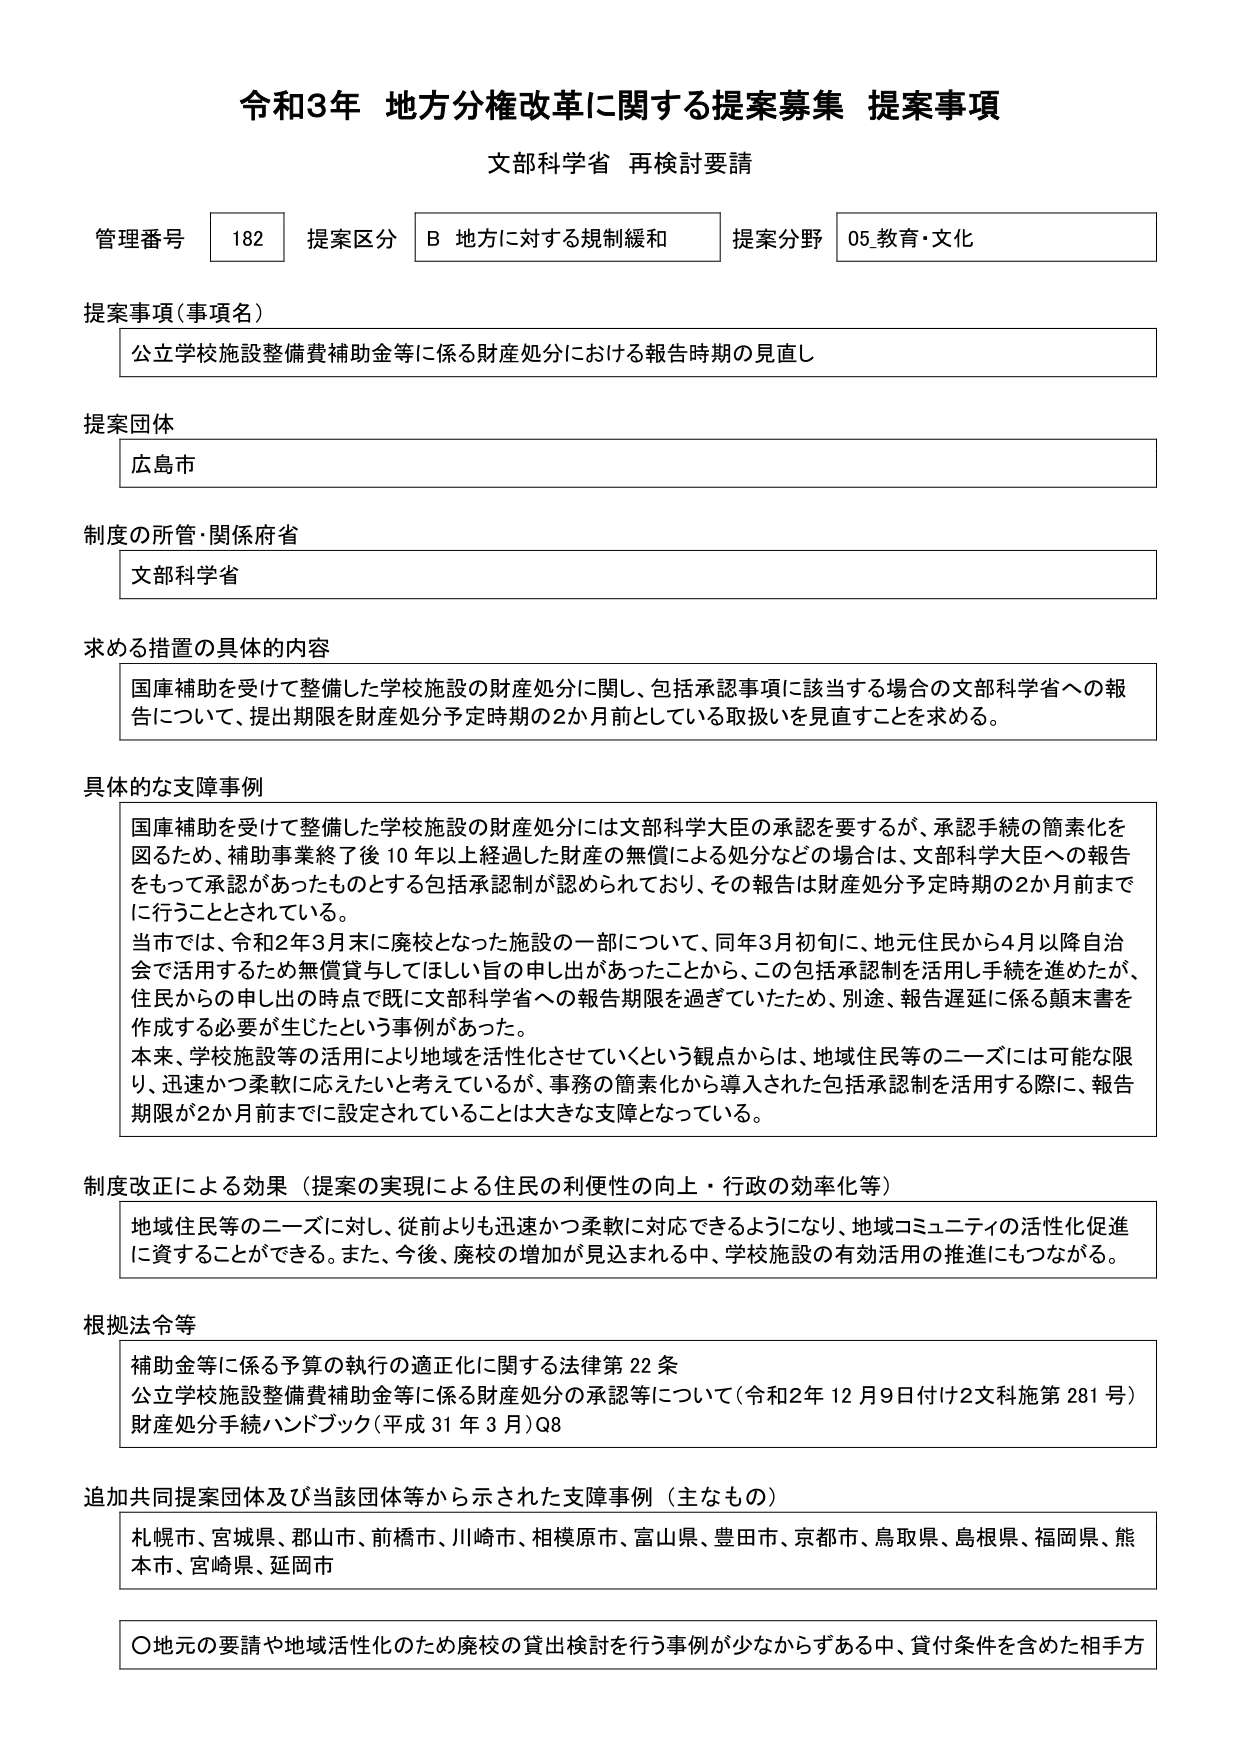
令和3年 地方分権改革に関する提案募集 提案事項
文部科学省 再検討要請

管理番号 182 提案区分 B 地方に対する規制緩和 提案分野 05.教育・文化

提案事項（事項名）
公立学校施設整備費補助金等に係る財産処分における報告時期の見直し

提案団体
広島市

制度の所管・関係府省
文部科学省

求める措置の具体的内容
国庫補助を受けて整備した学校施設の財産処分に関し、包括承認事項に該当する場合の文部科学省への報告について、提出期限を財産処分予定時期の2か月前としている取扱いを見直すことを求める。

具体的な支障事例
国庫補助を受けて整備した学校施設の財産処分には文部科学大臣の承認を要するが、承認手続の簡素化を図るため、補助事業終了後10年以上経過した財産の無償による処分などの場合は、文部科学大臣への報告をもって承認があったものとする包括承認制が認められており、その報告は財産処分予定時期の2か月前までに行うこととされている。
当市では、令和2年3月末に廃校となった施設の一部について、同年3月初旬に、地元住民から4月以降自治会で活用するため無償貸与してほしい旨の申し出があったことから、この包括承認制を活用し手続を進めたが、住民からの申し出の時点で既に文部科学省への報告期限を過ぎていたため、別途、報告遅延に係る顔末書を作成する必要が生じたという事例があった。
本来、学校施設等の活用により地域を活性化させていくという観点からは、地域住民等のニーズには可能な限り、迅速かつ柔軟に応えたいと考えているが、事務の簡素化から導入された包括承認制を活用する際に、報告期限が2か月前までに設定されていることは大きな支障となっている。

制度改正による効果（提案の実現による住民の利便性の向上・行政の効率化等）
地域住民等のニーズに対し、従前よりも迅速かつ柔軟に対応できるようになり、地域コミュニティの活性化促進に資することができる。また、今後、廃校の増加が見込まれる中、学校施設の有効活用の推進にもつながる。

根拠法令等
補助金等に係る予算の執行の適正化に関する法律第22条
公立学校施設整備費補助金等に係る財産処分の承認等について（令和2年12月9日付け2文科施第281号）
財産処分手続ハンドブック（平成31年3月）Q8

追加共同提案団体及び当該団体等から示された支障事例（主なもの）
札幌市、宮城県、郡山市、前橋市、川崎市、相模原市、富山県、豊田市、京都市、鳥取県、島根県、福岡県、熊本市、宮崎県、延岡市

〇地元の要請や地域活性化のため廃校の貸出検討を行う事例が少なからずある中、貸付条件を含めた相手方